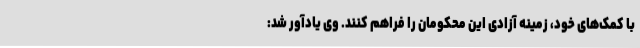
با کمک‌های خود، زمینه آزادی این محکومان را فراهم کنند. وی یادآور شد: